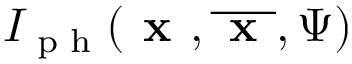
I _ { \textup { p h } } ( \textbf { x } , \overline { { \textbf { x } } } , \Psi )